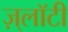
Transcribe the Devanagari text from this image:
ज़्लॉटी